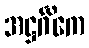
အဋ္ဌင်္ဂိကေ